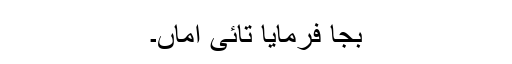
بجا فرمایا تائی اماں۔